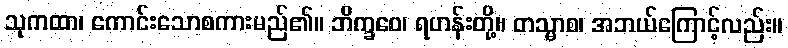
သုကထာ၊ ကောင်းသောစကားမည်၏။ ဘိက္ခဝေ၊ ရဟန်းတို့။ တသ္မာစ၊ အဘယ်ကြောင့်လည်း။